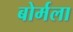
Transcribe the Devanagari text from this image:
बोर्मला